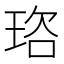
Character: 𭹒